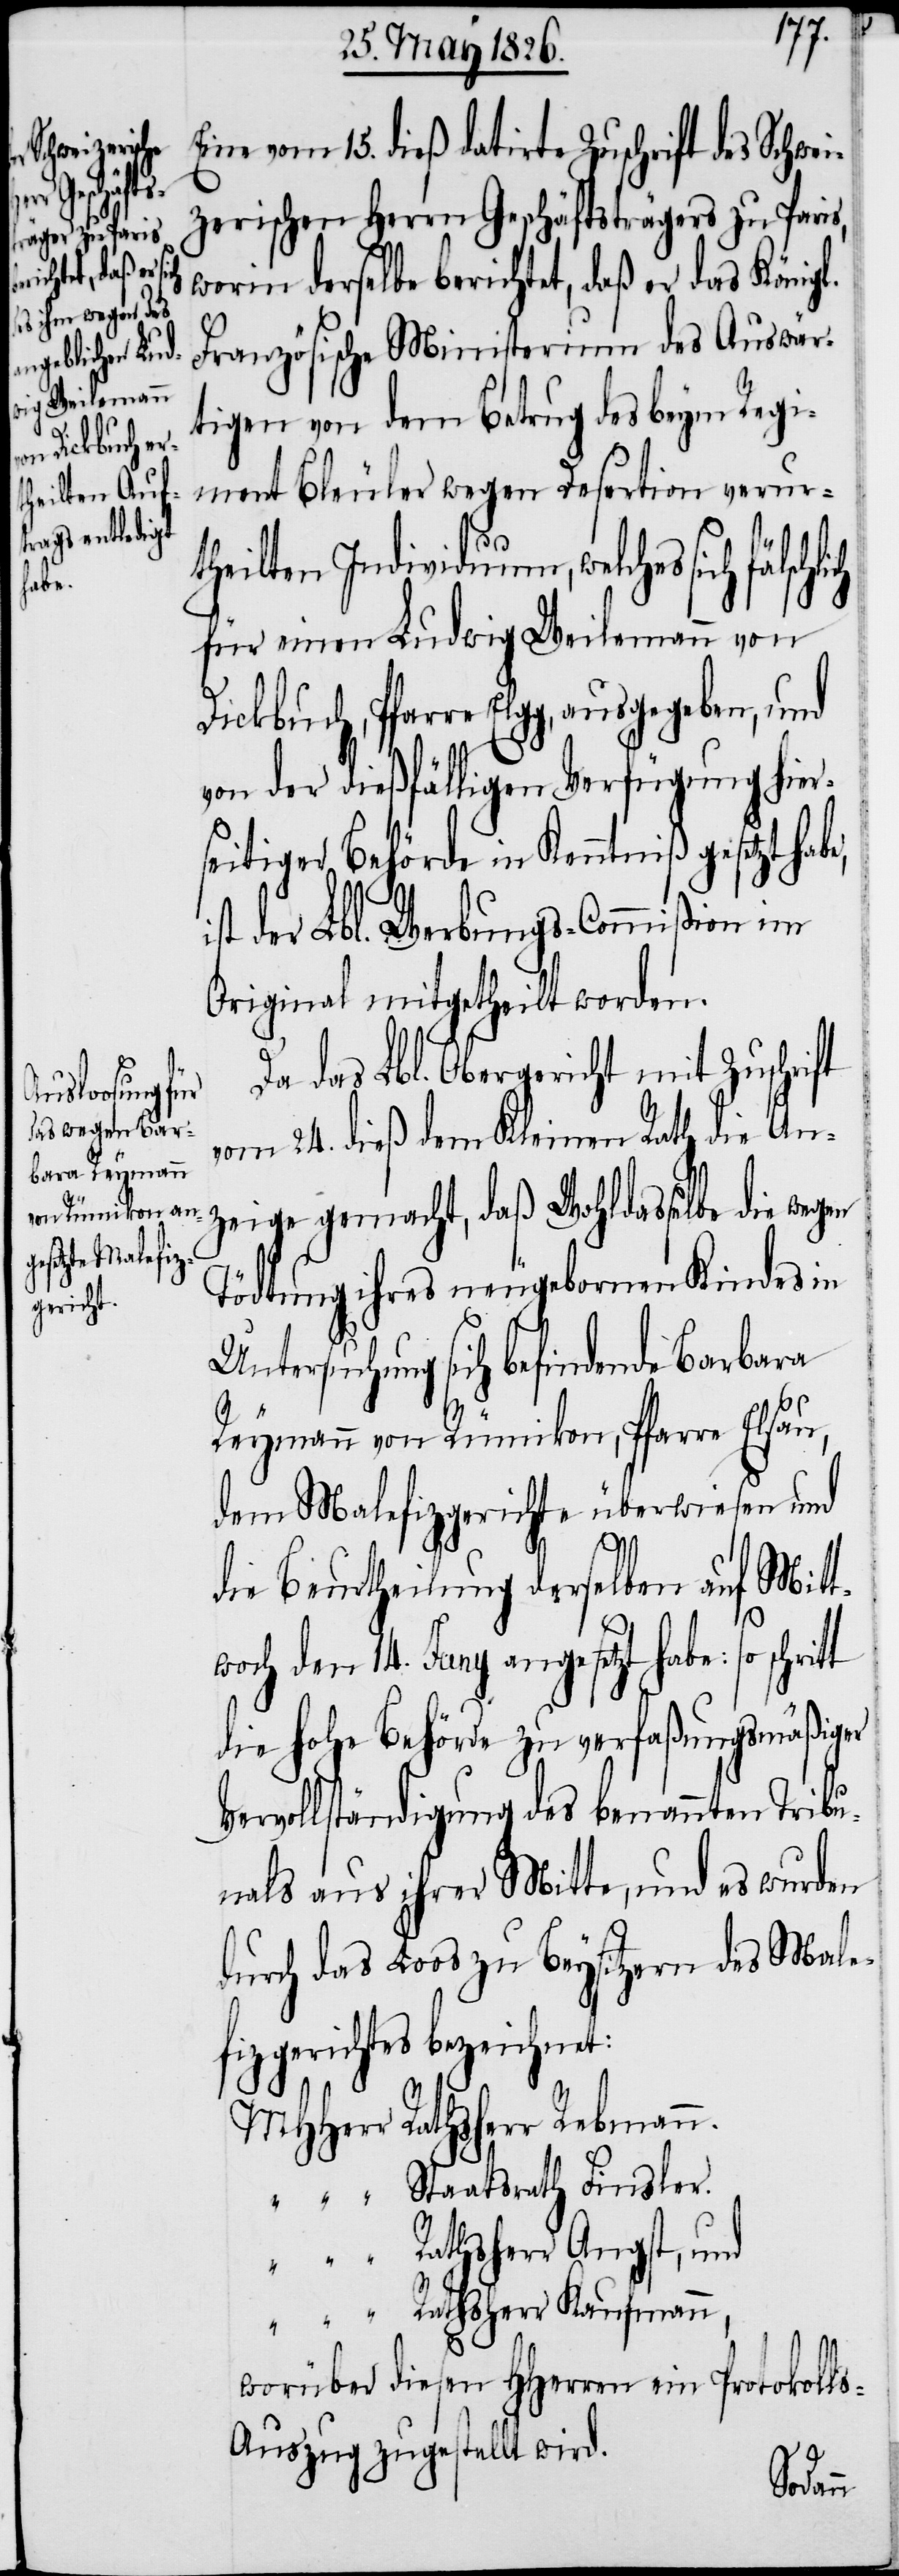
Eine vom 15. dieß datirte Zuschrift des Schwei¬
zerischen Herrn Geschäftsträgers zu Paris,
worin derselbe berichtet, daß er das König¬
Französische Ministerium des Auswär¬
tigen von dem Betrug des beym Regi¬
ment Bleuler wegen Desertion verur¬
theilten Individuum, welches sich
für einen Ludwig Weilemann von
Dickbuch, Pfarre Elgg, ausgegeben, und
von der dießfälligen Verfügung hier¬
seitiger Behörde in Kenntniß gesetzt hab¬
st der Lbl. Werbungs-Commißion im
Original mitgetheilt worden.
Da das Lbl. Obergericht mit Zuschrift
vom 24. dieß dem Kleinen Rath die An¬
zeige gemacht, daß Wohldasselbe die wegen
Tödtung ihres neugebornen Kindes in
Untersuchung sich befindende Barbara
Reymann von Rümikon, Pfarre Elsau,
dem Malefizgerichte überwiesen und
die Beurtheilung derselben auf Mitt¬
woch den 14. Juny angesetzt habe: so
die hohe Behörde zu verfaßungsmäßiger
Vervollständigung des benannten Tribu¬
nals aus ihrer Mitte, und es wurden
durch das Loos zu Beysitzern des Male¬
fizgerichtes bezeichnet:
MHHerr 	Rathsherr Rebmann.
“	Rathsherr Angst, und
worüber diesen HHerren ein Protokoll¬
s-Auszug zugestellt wird.
e, i¬

l.